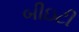
બીઇટી